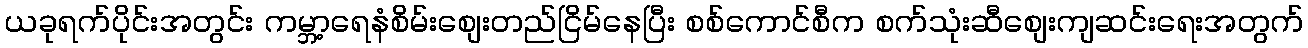
ယခုရက်ပိုင်းအတွင်း ကမ္ဘာ့ရေနံစိမ်းစျေးတည်ငြိမ်နေပြီး စစ်ကောင်စီက စက်သုံးဆီစျေးကျဆင်းရေးအတွက်